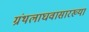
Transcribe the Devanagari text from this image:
ग्रंथलाघवासारख्या